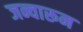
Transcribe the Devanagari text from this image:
जन्वारून